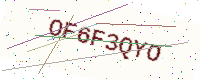
Text: OF6F3QYO